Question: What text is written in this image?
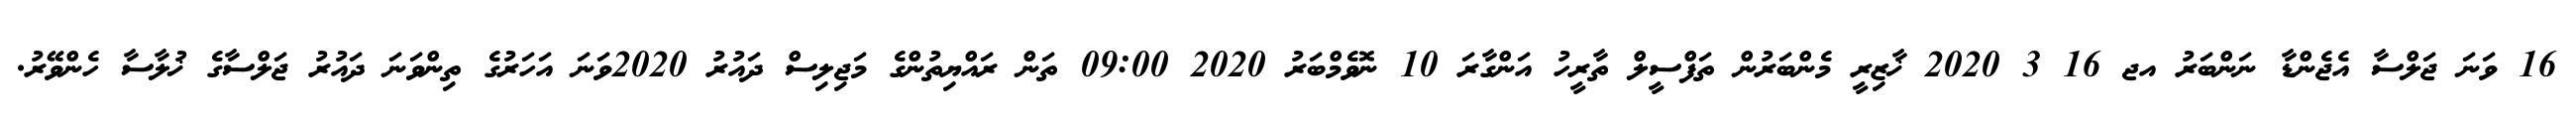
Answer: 16 ވަނަ ޖަލްސާ އެޖެންޑާ ނަންބަރު އޖ 16 3 2020 ޚާޒިރީ މެންބަރުން ތަފްސީލް ތާރީހު އަންގާރަ 10 ނޮވެމްބަރު 2020 09:00 ތަން ރައްޔިތުންގެ މަޖިލިސް ދައުރު 2020ވަނަ އަހަރުގެ ތިންވަނަ ދައުރު ޖަލްސާގެ ޚުލާސާ ހެންވޭރު.